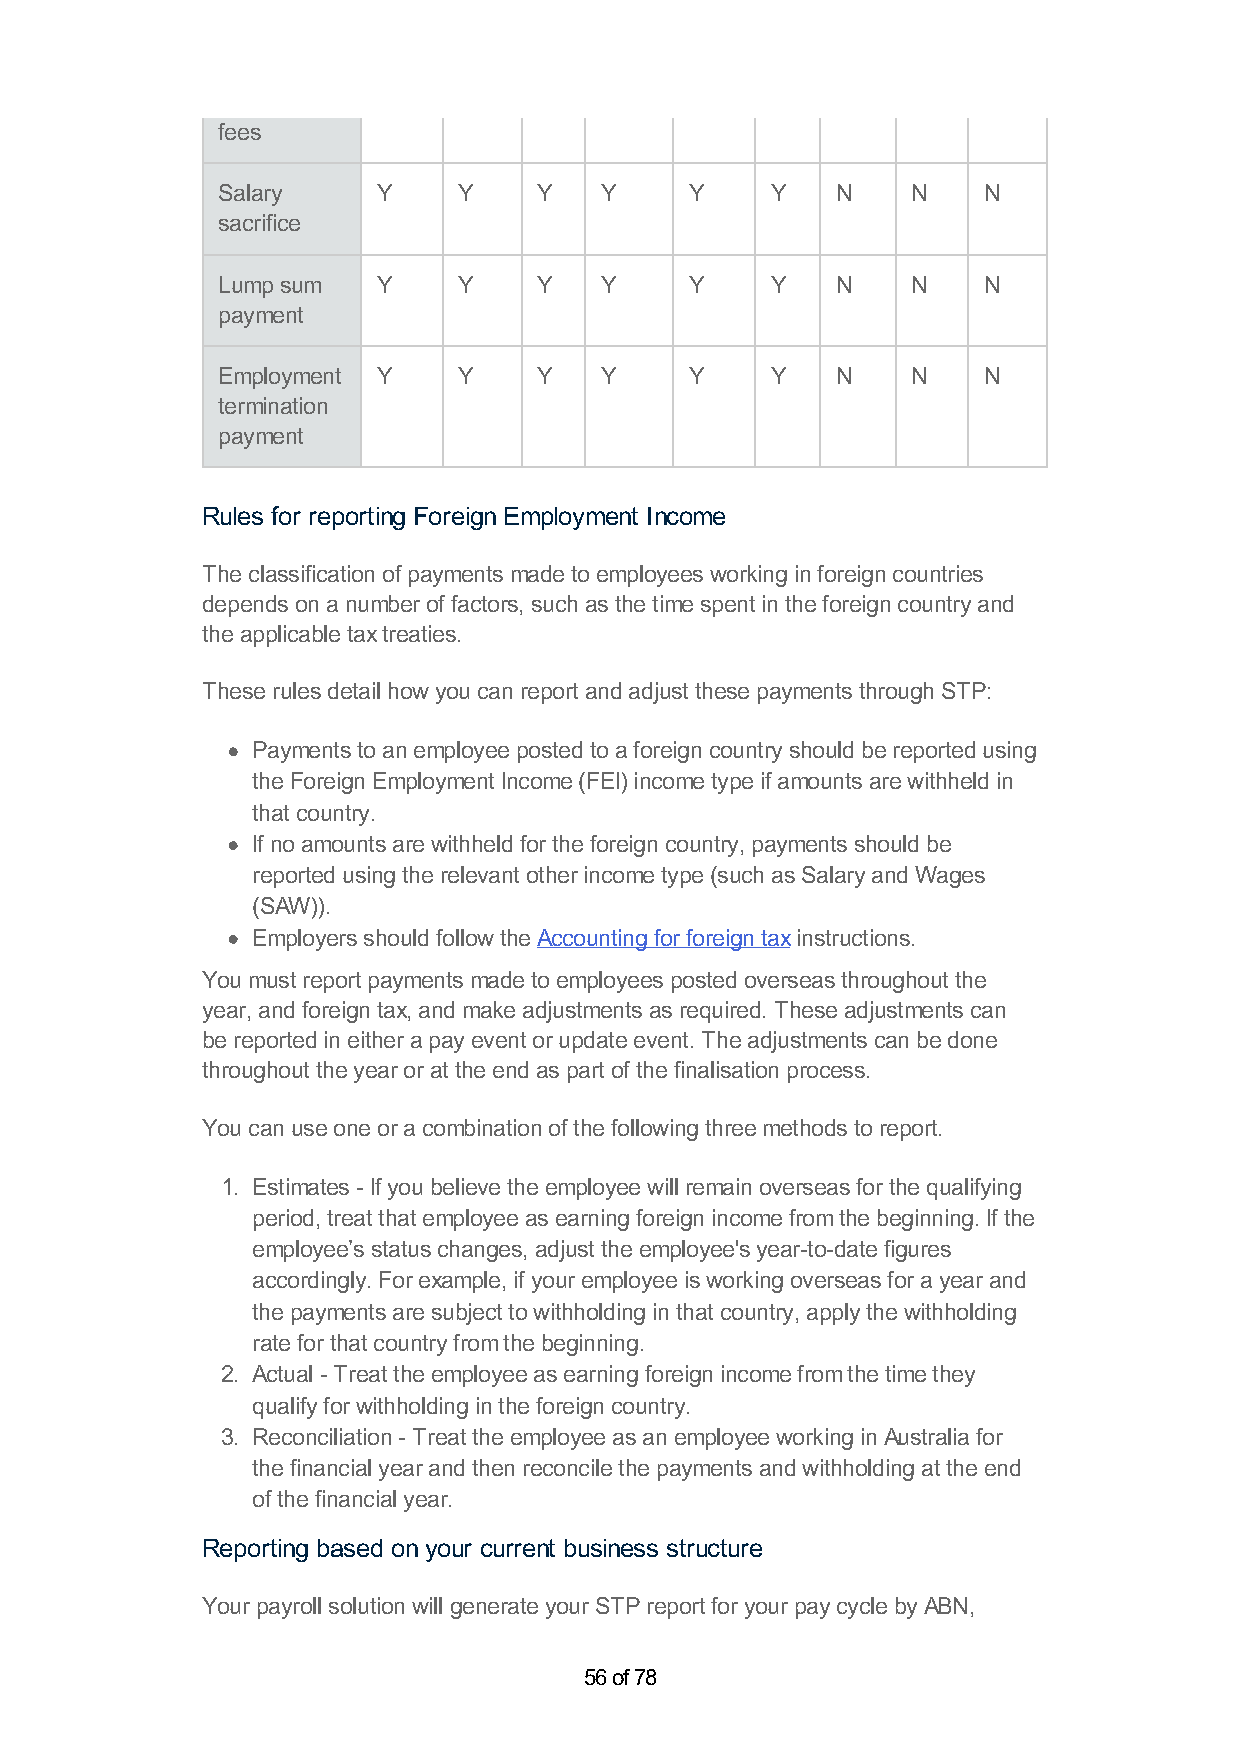
fees
 Salary     Y    Y     Y   Y     Y    Y   N    N    N
 sacrifice
 Lump sum   Y    Y     Y   Y     Y    Y   N    N    N
 payment
 Employment Y    Y     Y   Y     Y    Y   N    N    N
 termination
 payment
 Rules for reporting Foreign Employment Income
 The classification of payments made to employees working in foreign countries
 depends on a number of factors, such as the time spent in the foreign country and
 the applicable tax treaties.
 These rules detail how you can report and adjust these payments through STP:
 Payments to an employee posted to a foreign country should be reported using
 the Foreign Employment Income (FEI) income type if amounts are withheld in
 that country.
 If no amounts are withheld for the foreign country, payments should be
 reported using the relevant other income type (such as Salary and Wages
 (SAW)).
 Employers should follow the Accounting for foreign tax instructions.
 You must report payments made to employees posted overseas throughout the
 year, and foreign tax, and make adjustments as required. These adjustments can
 be reported in either a pay event or update event. The adjustments can be done
 throughout the year or at the end as part of the finalisation process.
 You can use one or a combination of the following three methods to report.
 1. Estimates - If you believe the employee will remain overseas for the qualifying
 period, treat that employee as earning foreign income from the beginning. If the
 employee’s status changes, adjust the employee's year-to-date figures
 accordingly. For example, if your employee is working overseas for a year and
 the payments are subject to withholding in that country, apply the withholding
 rate for that country from the beginning.
 2. Actual - Treat the employee as earning foreign income from the time they
 qualify for withholding in the foreign country.
 3. Reconciliation - Treat the employee as an employee working in Australia for
 the financial year and then reconcile the payments and withholding at the end
 of the financial year.
 Reporting based on your current business structure
 Your payroll solution will generate your STP report for your pay cycle by ABN,
 56 of 78